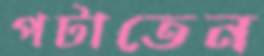
পটাতেন